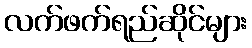
လက်ဖက်ရည်ဆိုင်များ